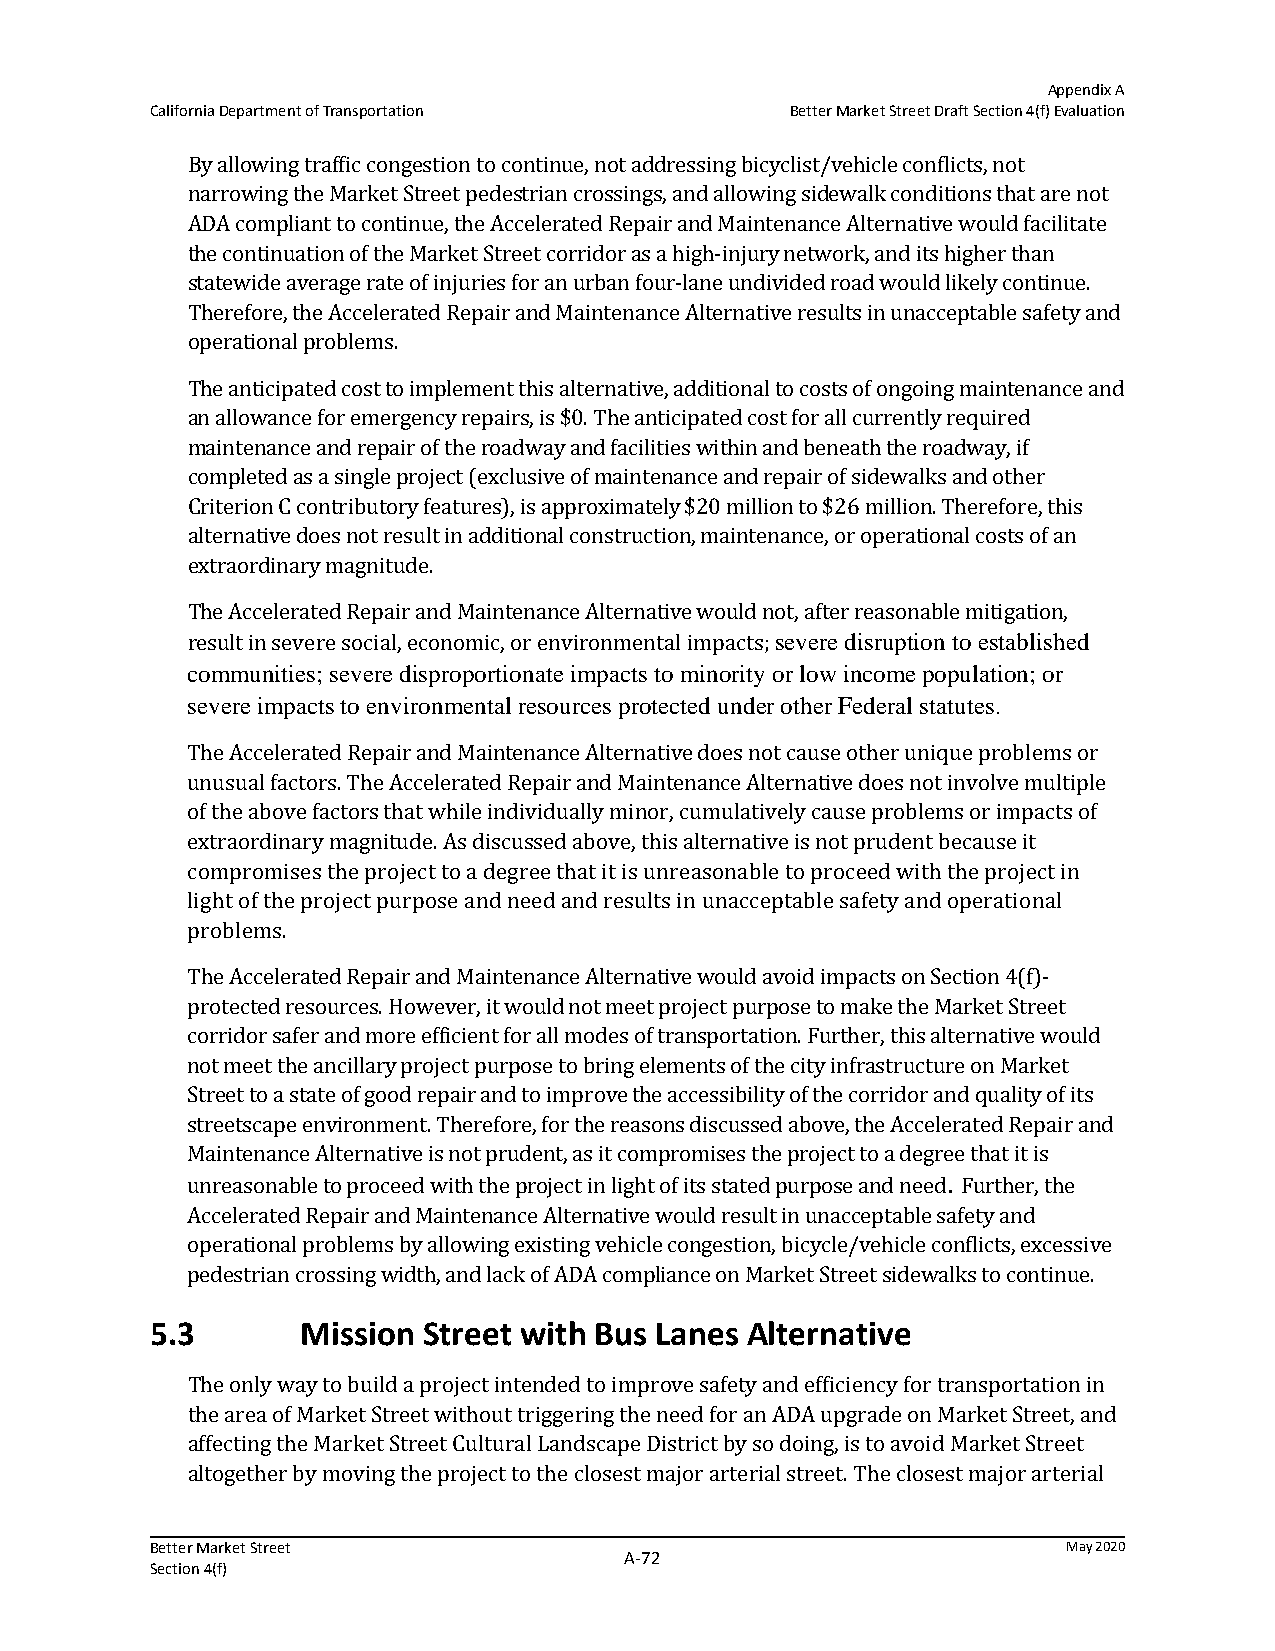
Appendix A
 California Department of Transportation   Better Market Street Draft Section 4(f) Evaluation
 By allowing traffic congestion to continue, not addressing bicyclist/vehicle conflicts, not
 narrowing the Market Street pedestrian crossings, and allowing sidewalk conditions that are not
 ADA compliant to continue, the Accelerated Repair and Maintenance Alternative would facilitate
 the continuation of the Market Street corridor as a high-injury network, and its higher than
 statewide average rate of injuries for an urban four-lane undivided road would likely continue.
 Therefore, the Accelerated Repair and Maintenance Alternative results in unacceptable safety and
 operational problems.
 The anticipated cost to implement this alternative, additional to costs of ongoing maintenance and
 an allowance for emergency repairs, is $0. The anticipated cost for all currently required
 maintenance and repair of the roadway and facilities within and beneath the roadway, if
 completed as a single project (exclusive of maintenance and repair of sidewalks and other
 Criterion C contributory features), is approximately $20 million to $26 million. Therefore, this
 alternative does not result in additional construction, maintenance, or operational costs of an
 extraordinary magnitude.
 The Accelerated Repair and Maintenance Alternative would not, after reasonable mitigation,
 result in severe social, economic, or environmental impacts; severe disruption to established
 communities; severe disproportionate impacts to minority or low income population; or
 severe impacts to environmental resources protected under other Federal statutes.
 The Accelerated Repair and Maintenance Alternative does not cause other unique problems or
 unusual factors. The Accelerated Repair and Maintenance Alternative does not involve multiple
 of the above factors that while individually minor, cumulatively cause problems or impacts of
 extraordinary magnitude. As discussed above, this alternative is not prudent because it
 compromises the project to a degree that it is unreasonable to proceed with the project in
 light of the project purpose and need and results in unacceptable safety and operational
 problems.
 The Accelerated Repair and Maintenance Alternative would avoid impacts on Section 4(f)-
 protected resources. However, it would not meet project purpose to make the Market Street
 corridor safer and more efficient for all modes of transportation. Further, this alternative would
 not meet the ancillary project purpose to bring elements of the city infrastructure on Market
 Street to a state of good repair and to improve the accessibility of the corridor and quality of its
 streetscape environment. Therefore, for the reasons discussed above, the Accelerated Repair and
 Maintenance Alternative is not prudent, as it compromises the project to a degree that it is
 unreasonable to proceed with the project in light of its stated purpose and need. Further, the
 Accelerated Repair and Maintenance Alternative would result in unacceptable safety and
 operational problems by allowing existing vehicle congestion, bicycle/vehicle conflicts, excessive
 pedestrian crossing width, and lack of ADA compliance on Market Street sidewalks to continue.
 5.3       Mission Street with Bus Lanes Alternative
 The only way to build a project intended to improve safety and efficiency for transportation in
 the area of Market Street without triggering the need for an ADA upgrade on Market Street, and
 affecting the Market Street Cultural Landscape District by so doing, is to avoid Market Street
 altogether by moving the project to the closest major arterial street. The closest major arterial
 Better Market Street                                         May 2020
 A‐72
 Section 4(f)